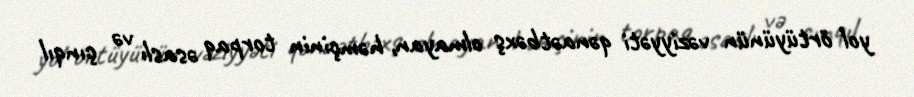
yol örtüyünün vəziyyəti qənaətbəxş olmayan, həmçinin torpaq əsaslı və çınqıl